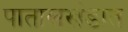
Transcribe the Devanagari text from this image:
पातालखंडात